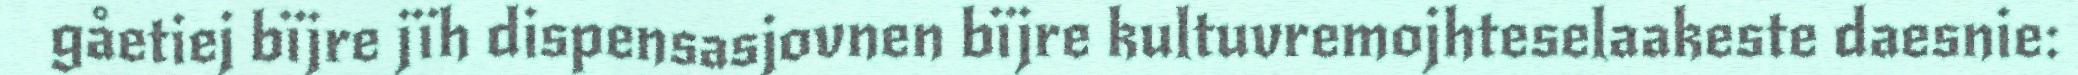
gåetiej bïjre jïh dispensasjovnen bïjre kultuvremojhteselaakeste daesnie: